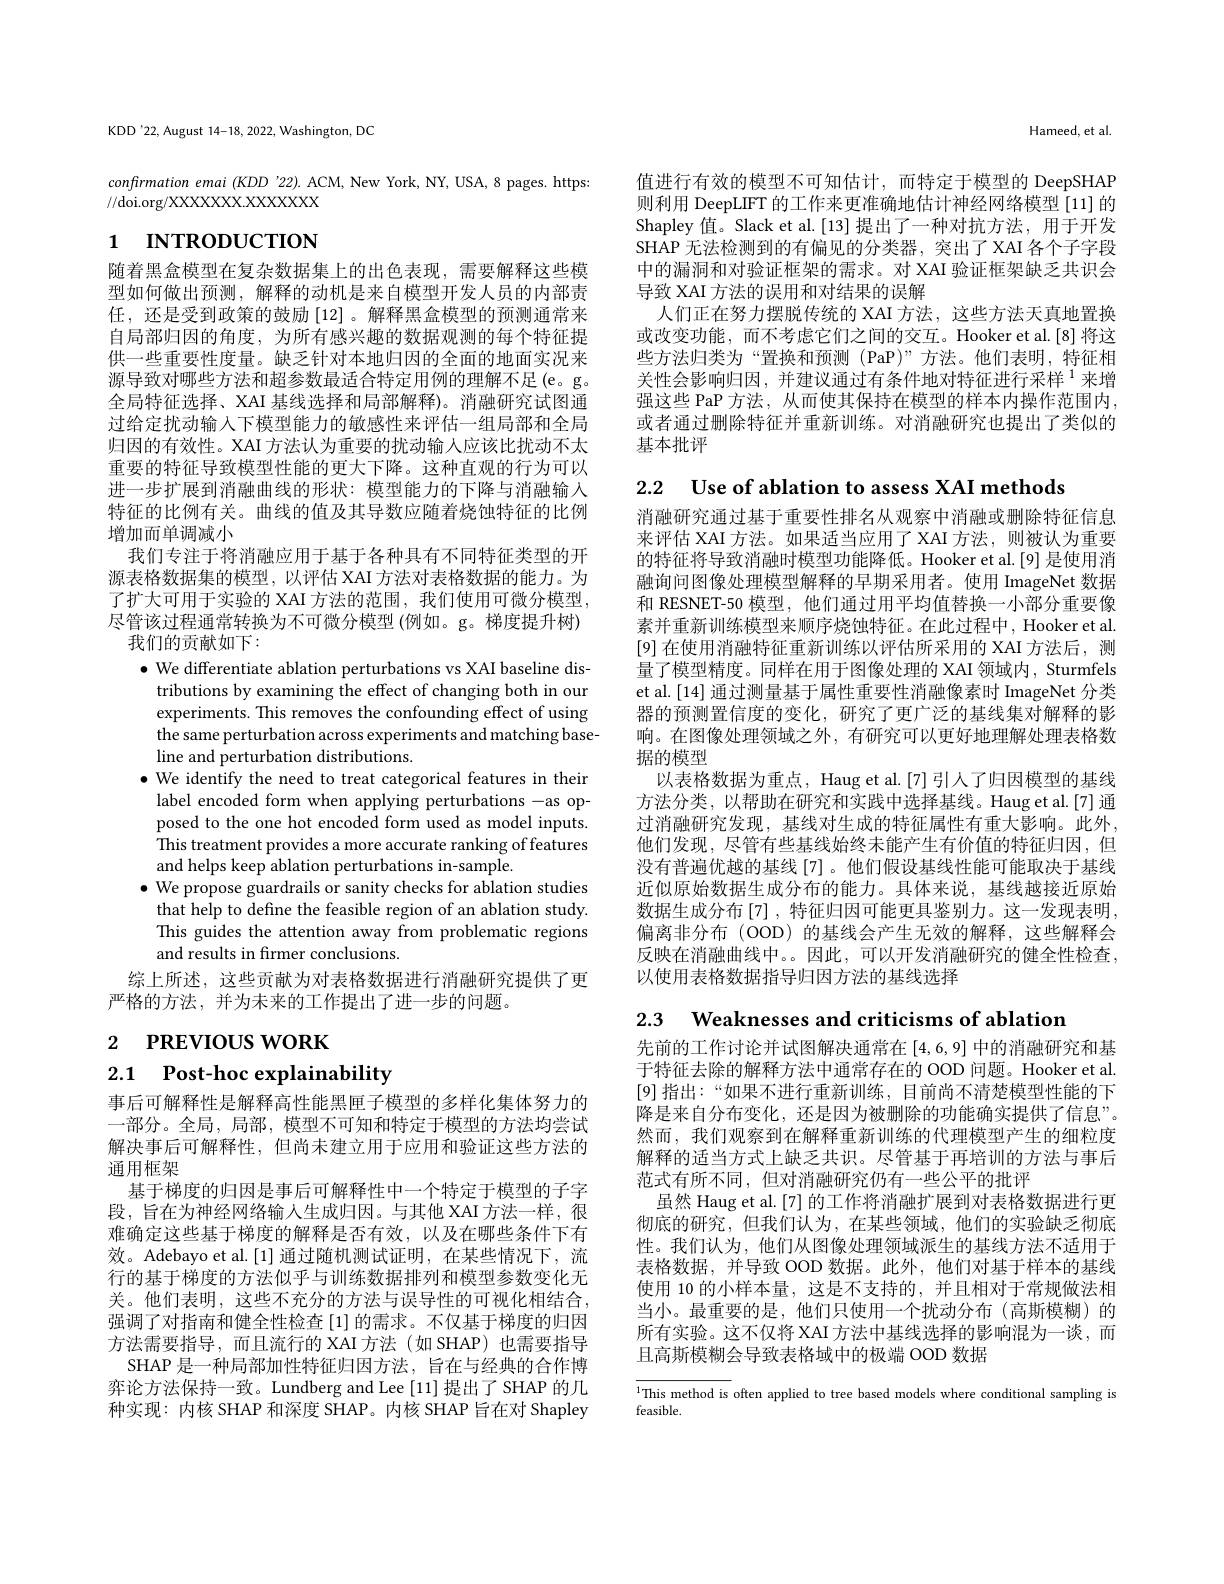
$$\text{Hameed, et al.}$$
值进行有效的模型不可知估计，而特定于模型的 DeepSHAP 则利用 DeepLIFT 的工作来更准确地估计神经网络模型 [11] 的Shapley 值。Slack et al.[13] 提出了一种对抗方法，用于开发SHAP 无法检测到的有偏见的分类器，突出了XAI 各个子字段中的漏洞和对验证框架的需求。对 XAI 验证框架缺乏共识会导致 XAI 方法的误用和对结果的误解
人们正在努力摆脱传统的 XAI 方法，这些方法天真地置换或改变功能，而不考虑它们之间的交互。Hooker et al.[8]将这些方法归类为“置换和预测(PaP)”方法。他们表明，特征相关性会影响归因，并建议通过有条件地对特征进行采样$^{1}$来增强这些 PaP 方法，从而使其保持在模型的样本内操作范围内， 或者通过删除特征并重新训练。对消融研究也提出了类似的基本批评

KDD'22, August 14-18, 2022, Washington, DC

confirmation emai (KDD '22). ACM, New York, NY, USA, 8 pages. https:
//doi.org/XXXXXXXX.XXXXXX

# 1 INTRODUCTION

随着黑盒模型在复杂数据集上的出色表现，需要解释这些模型如何做出预测，解释的动机是来自模型开发人员的内部责任，还是受到政策的鼓励[12]。解释黑盒模型的预测通常来自局部归因的角度，为所有感兴趣的数据观测的每个特征提供一些重要性度量。缺乏针对本地归因的全面的地面实况来源导致对哪些方法和超参数最适合特定用例的理解不足(e。g。全局特征选择、XAI 基线选择和局部解释)。消融研究试图通过给定扰动输入下模型能力的敏感性来评估一组局部和全局归因的有效性。XAI 方法认为重要的扰动输人应该比扰动不太重要的特征导致模型性能的更大下降。这种直观的行为可以进一步扩展到消融曲线的形状：模型能力的下降与消融输入特征的比例有关。曲线的值及其导数应随着烧蚀特征的比例增加而单调减小
我们专注于将消融应用于基于各种具有不同特征类型的开源表格数据集的模型，以评估 XAI 方法对表格数据的能力。为了扩大可用于实验的 XAI 方法的范围，我们使用可微分模型， 尽管该过程通常转换为不可微分模型 (例如。g。梯度提升树)
我们的贡献如下：
$\bullet$ We differentiate ablation perturbations vs XAI baseline dis-
tributions by examining the effect of changing both in our experiments. This removes the confounding effect of using the same perturbation across experiments and matching baseline and perturbation distributions
$\bullet$ We identify the need to treat categorical features in their label encoded form when applying perturbations -as opposed to the one hot encoded form used as model inputs. This treatment provides a more accurate ranking of features and helps keep ablation perturbations in-sample.
$\bullet$ We propose guardrails or sanity checks for ablation studies that help to define the feasible region of an ablation study. This guides the attention away from problematic regions and results in firmer conclusions.
综上所述，这些贡献为对表格数据进行消融研究提供了更
严格的方法，并为未来的工作提出了进一步的问题。

2 $\textbf{Р REVIOUS WORK}$

2.1 $\textbf{Post- hoc explainability}$

事后可解释性是解释高性能黑匣子模型的多样化集体努力的一部分。全局，局部，模型不可知和特定于模型的方法均尝试解决事后可解释性，但尚未建立用于应用和验证这些方法的通用框架
基于梯度的归因是事后可解释性中一个特定于模型的子字段，旨在为神经网络输入生成归因。与其他 XAI 方法一样，很难确定这些基于梯度的解释是否有效，以及在哪些条件下有效。Adebayo et al.[1] 通过随机测试证明，在某些情况下，流行的基于梯度的方法似乎与训练数据排列和模型参数变化无关。他们表明，这些不充分的方法与误导性的可视化相结合， 强调了对指南和健全性检查[1]的需求。不仅基于梯度的归因方法需要指导，而且流行的 XAI 方法(如 SHAP)也需要指导
SHAP 是一种局部加性特征归因方法，旨在与经典的合作博弈论方法保持一致。Lundberg and Lee [11] 提出了 SHAP 的几种实现：内核 SHAP 和深度 SHAP。内核 SHAP 旨在对 Shapley

2.2 Use of ablation to assess XAI methods
消融研究通过基于重要性排名从观察中消融或删除特征信息来评估 XAI 方法。如果适当应用了 XAI 方法，则被认为重要的特征将导致消融时模型功能降低。Hooker et al.[9] 是使用消融询问图像处理模型解释的早期采用者。使用 ImageNet 数据和 RESNET-50 模型，他们通过用平均值替换一小部分重要像素并重新训练模型来顺序烧蚀特征。在此过程中，Hooker et al. [9] 在使用消融特征重新训练以评估所采用的 XAI 方法后，测量了模型精度。同样在用于图像处理的 XAI 领域内，Sturmfels et al.[14] 通过测量基于属性重要性消融像素时 ImageNet 分类器的预测置信度的变化，研究了更广泛的基线集对解释的影响。在图像处理领域之外，有研究可以更好地理解处理表格数据的模型
以表格数据为重点，Haug et al.[7]引人了归因模型的基线方法分类，以帮助在研究和实践中选择基线。Haug et al.[7] 通过消融研究发现，基线对生成的特征属性有重大影响。此外， 他们发现，尽管有些基线始终未能产生有价值的特征归因，但没有普遍优越的基线[7]。他们假设基线性能可能取决于基线近似原始数据生成分布的能力。具体来说，基线越接近原始数据生成分布 [7] ,特征归因可能更具鉴别力。这一发现表明偏离非分布 (OOD) 的基线会产生无效的解释，这些解释会反映在消融曲线中。。因此，可以开发消融研究的健全性检查， 以使用表格数据指导归因方法的基线选择

2.3 Weaknesses and criticisms of ablation

先前的工作讨论并试图解决通常在[4,6,9]中的消融研究和基于特征去除的解释方法中通常存在的 OOD 问题。Hooker et al. [9]指出：“如果不进行重新训练，目前尚不清楚模型性能的下降是来自分布变化，还是因为被删除的功能确实提供了信息”。然而，我们观察到在解释重新训练的代理模型产生的细粒度解释的适当方式上缺乏共识。尽管基于再培训的方法与事后范式有所不同，但对消融研究仍有一些公平的批评
虽然 Haug et al. [7] 的工作将消融扩展到对表格数据进行更彻底的研究，但我们认为，在某些领域，他们的实验缺乏彻底性。我们认为，他们从图像处理领域派生的基线方法不适用于表格数据，并导致 OOD 数据。此外，他们对基于样本的基线使用 10 的小样本量，这是不支持的，并且相对于常规做法相当小。最重要的是，他们只使用一个扰动分布(高斯模糊)的所有实验。这不仅将 XAI 方法中基线选择的影响混为一谈，而且高斯模糊会导致表格域中的极端 OOD 数据

$\overline{^1\text{This method is}}$ often applied to tree based models where conditional sampling is
feasible.